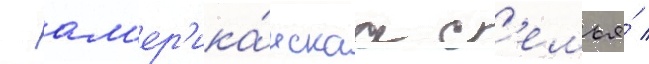
- ам'ер'ика́нскаа с'емья́ /